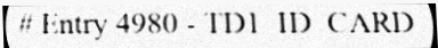
# Entry 4980 - TD1_ID_CARD